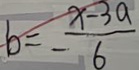
b = - \frac { x - 3 a } { 6 }